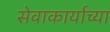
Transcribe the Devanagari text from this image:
सेवाकार्याच्या